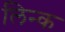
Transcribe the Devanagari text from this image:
लिन्क